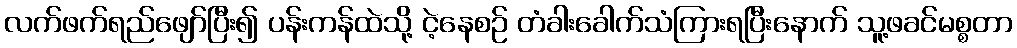
လက်ဖက်ရည်ဖျော်ပြီး၍ ပန်းကန်ထဲသို့ ငဲ့နေစဉ် တံခါးခေါက်သံကြားရပြီးနောက် သူ့ဖခင်မစ္စတာ